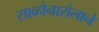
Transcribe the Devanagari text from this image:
साव्होनारोलाने